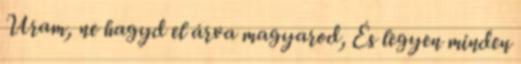
Uram, ne hagyd el árva magyarod, És legyen minden